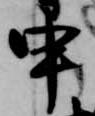
申